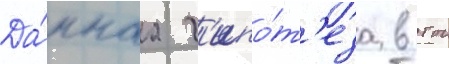
Да́ннаа г'ипо́т'еза в тои